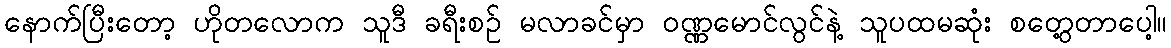
နောက်ပြီးတော့ ဟိုတလောက သူဒီ ခရီးစဉ် မလာခင်မှာ ဝဏ္ဏမောင်လွင်နဲ့ သူပထမဆုံး စတွေ့တာပေါ့။